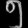
Digit: ၅